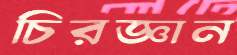
চিরজ্ঞান